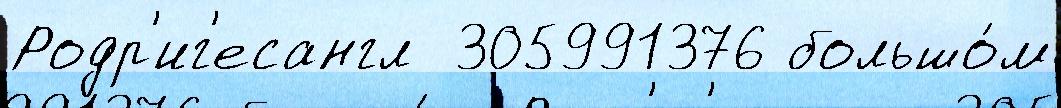
Родр'иг'есангл  305991376 большо́м